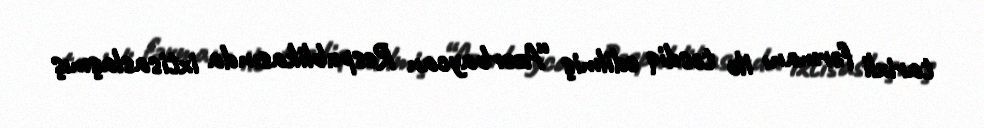
tarixli fərmanı ilə təsdiq edilmiş “Azərbaycan Respublikasında ixtisaslaşmış